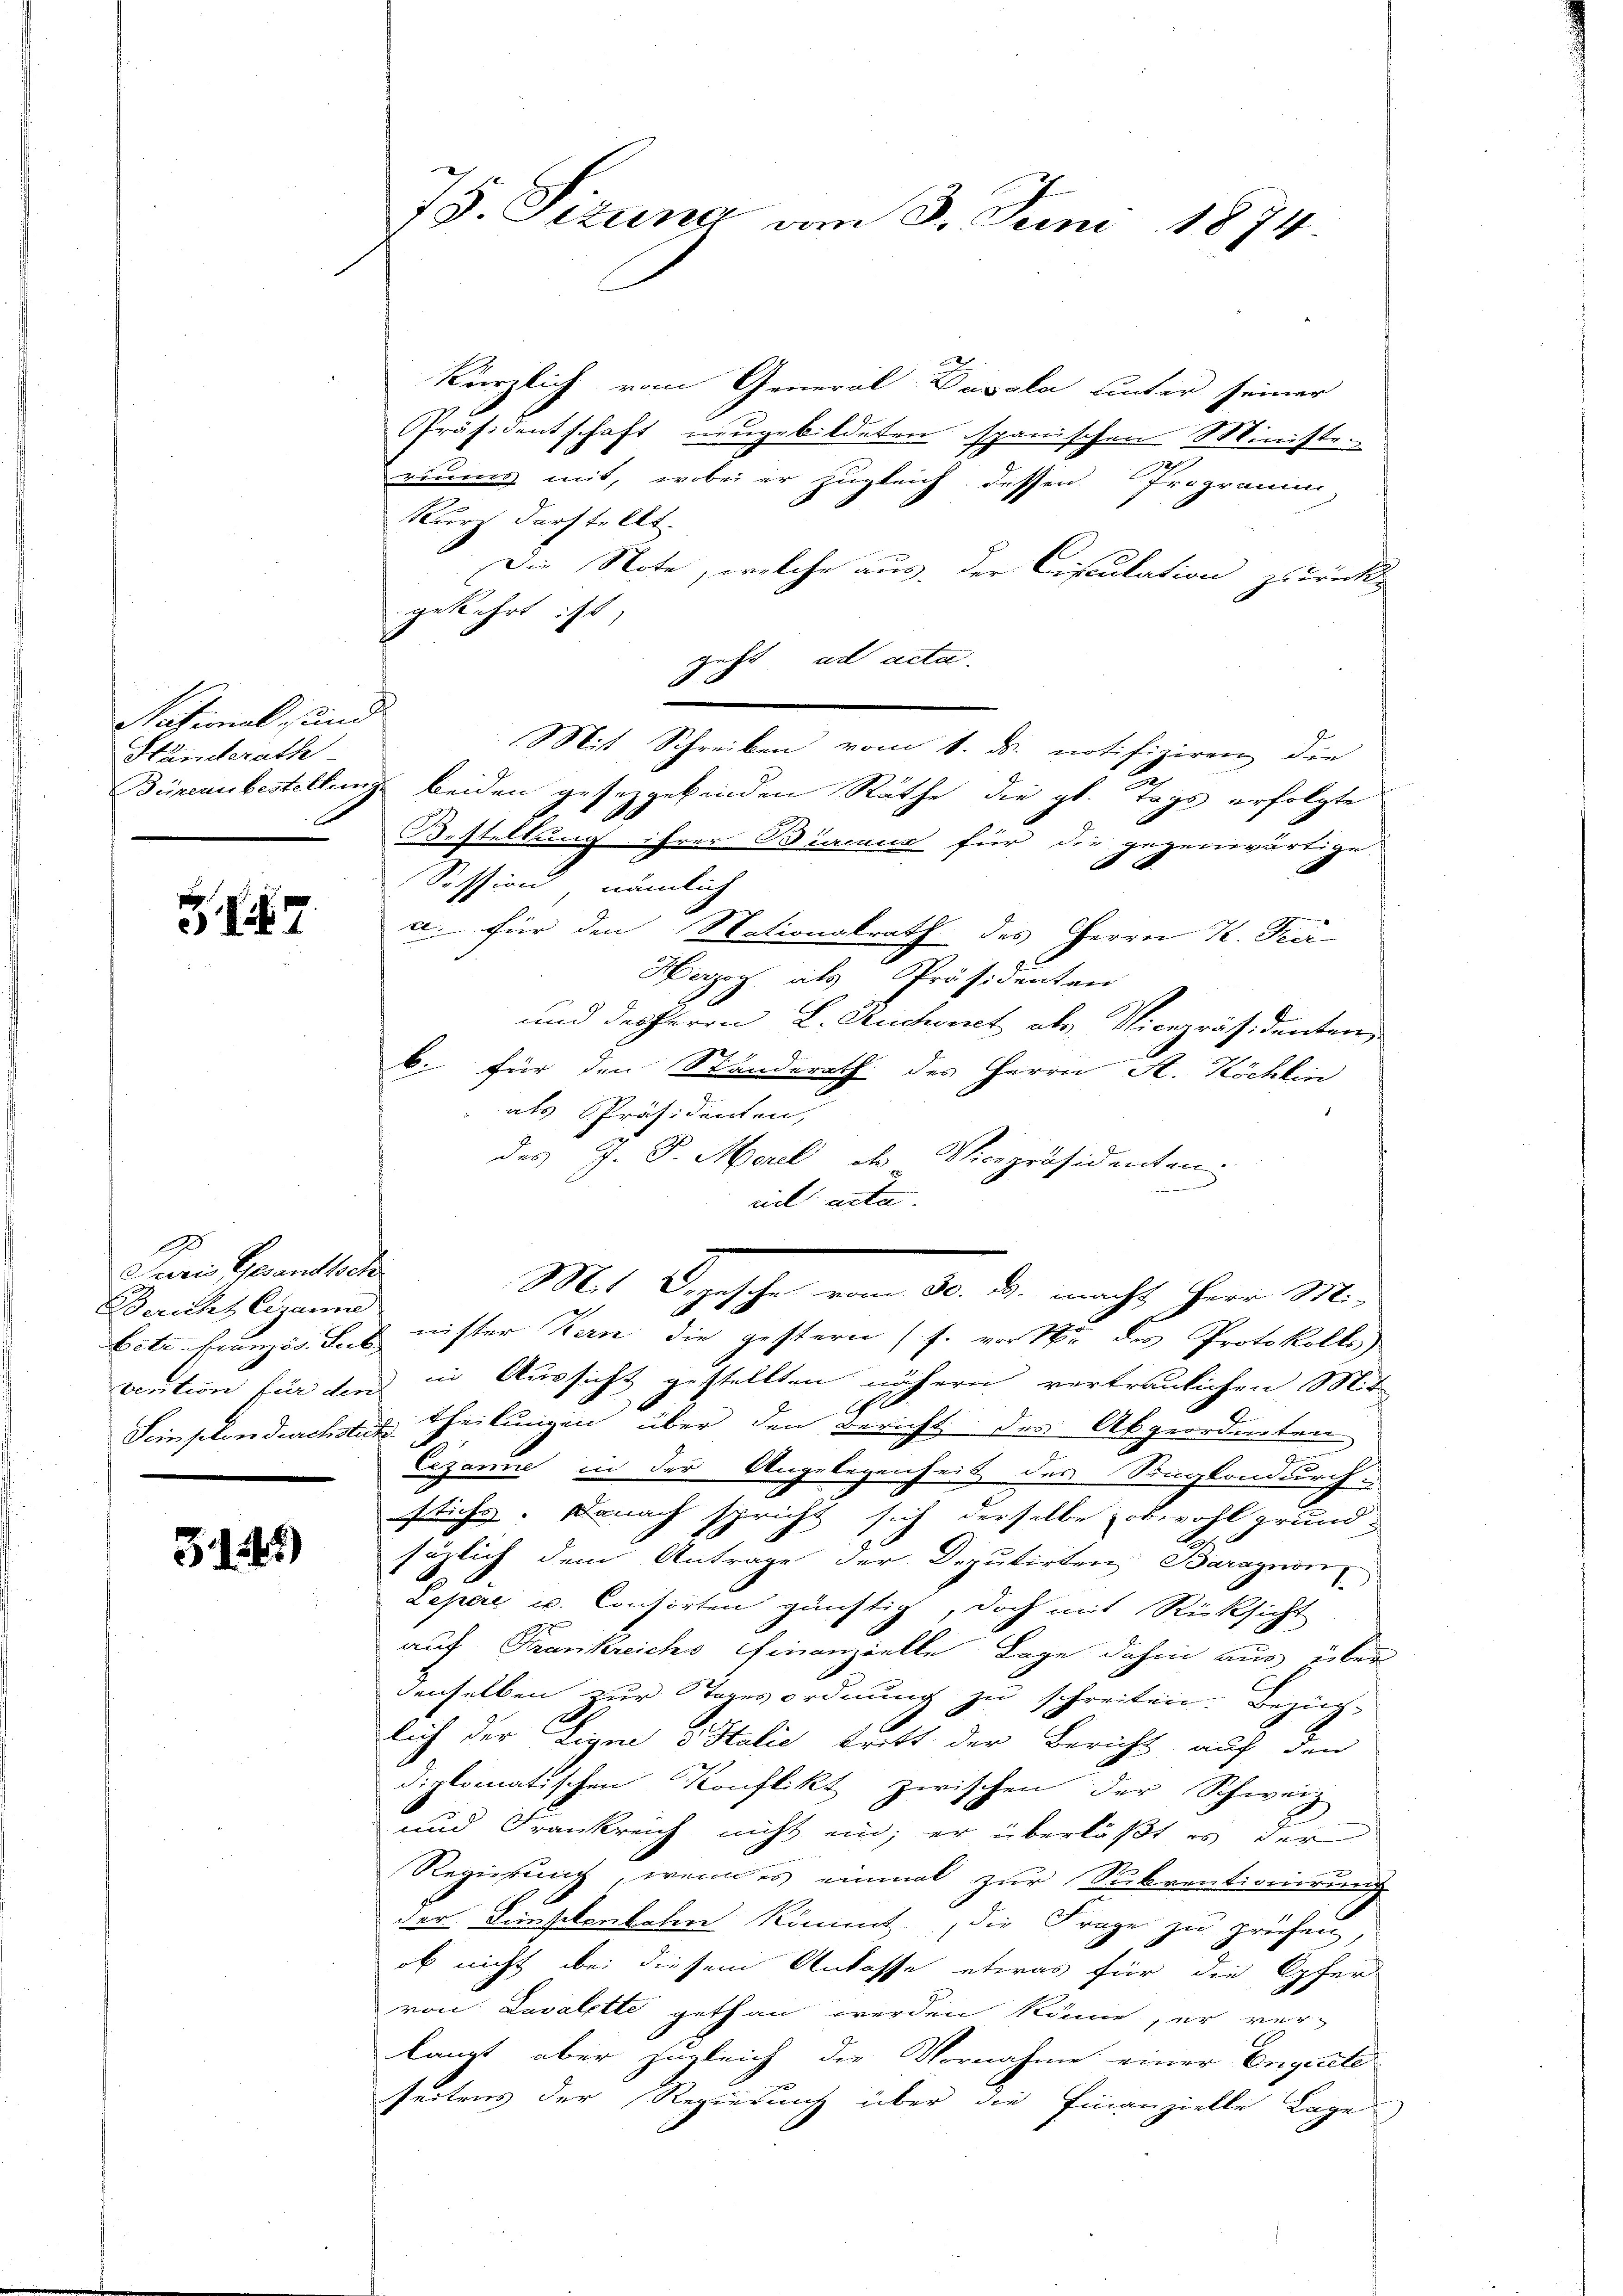
National, sind
Ständerath

.

G.
Juris Gesandtsch
Bericht Ciganne
vention für den

3145)

78. Sizung am 3. Juni 1874.

kürzlich vom General-Dasola hinter seiner
Präsidentschaft neugebildeten spanischen Ministeruung mit, wobei er zugleich dessen Programm-
Kurz darstellt.
Die Note, welche aus, der Cisculation zurück-
gekehrt ist
geht ad acta.
e
Mit Schreiben vom 1. ds. notifiziren die
Bienbestellung beiden gesetzgebenden Räthe die gl. Tags erfolgte
Bestellung ihrer Diacona für die gegenwärtige.
e
e
Session, nämlich
a. für den Nationalrath des Herrn K. Frei¬
Herzog, als Präsidenten
28
und des Herrn L. Rechnet als Vicepräsidenten,
b. für den Ständerath des Herrn A. Köchlin
als Präsidenten,
des J. J. Meril des Vicepräsidenten
nil acta
Mit Depesche, vom 10. d. nicht ihm M.
betr. Französ. das nister Bern die gestern (s. vor der des Protokolle,
in Aussicht gestellten nähern vertraulichen Mit
Simplendrachtes Theilungen über den Bericht des Abgeordneten
Cizanne in der Angelegenheit des Sugkondurchsticht. Danach spricht sich derselbe obwohl grund-
säzlich dem Antrage der Deputirten Baragnon
Lepere u. Consorten günstig, doch mit Rücksicht
auf Frankreichs Finanzielle Lage dahin aus über
denselben zur Tagesordnung zu schreiten. Bezüg-
lich der Eigne d Italie tritt der Bericht auf den
diplomatischen Konflikt zwischen der Schweiz
und Frankreich nicht ein; er überläßt es der
Regierung, wenn es einmal zur Subventionirung
der Diskontolen kömmt, die Frage zu prüfen,
ob nicht bei diesem Anlasse etwas für die Opfer
von: Lavalette gethan werden könne, er ver-
langt, aber zugleich die Vornahme einer Engeste
seitens der Regierung über die Finanzielle Lage